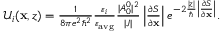
\begin{array} { r } { \mathcal { U } _ { i } ( \mathbf { x } , z ) = \frac { 1 } { 8 \pi e ^ { 2 } \hbar ^ { 2 } } \frac { \varepsilon _ { i } } { \varepsilon _ { \mathrm { a v g } } } \frac { | A _ { 0 } ^ { 0 } | ^ { 2 } } { | J | } \left| \frac { \partial S } { \partial \mathbf { x } } \right| e ^ { - 2 \frac { | z | } { \hbar } \left| \frac { \partial S } { \partial \mathbf { x } } \right| } . } \end{array}